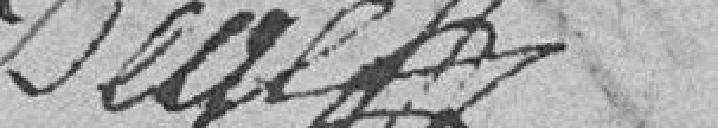
??????